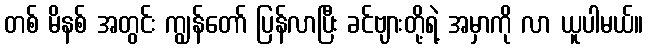
တစ် မိနစ် အတွင်း ကျွန်တော် ပြန်လာပြီး ခင်ဗျားတို့ရဲ့ အမှာကို လာ ယူပါမယ်။